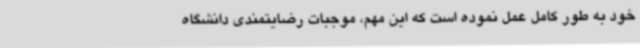
خود به طور کامل عمل نموده است که این مهم، موجبات رضایتمندی دانشگاه